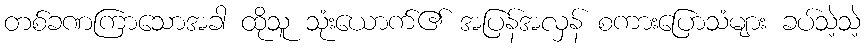
တစ်ခဏကြာသောအခါ ထိုသူ သုံးယောက်၏ အပြန်အလှန် စကားပြောသံများ ခပ်သဲ့သဲ့